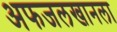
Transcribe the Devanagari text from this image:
अफजलखानला